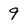
Character: 9